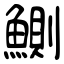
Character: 鰂